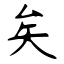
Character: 矣